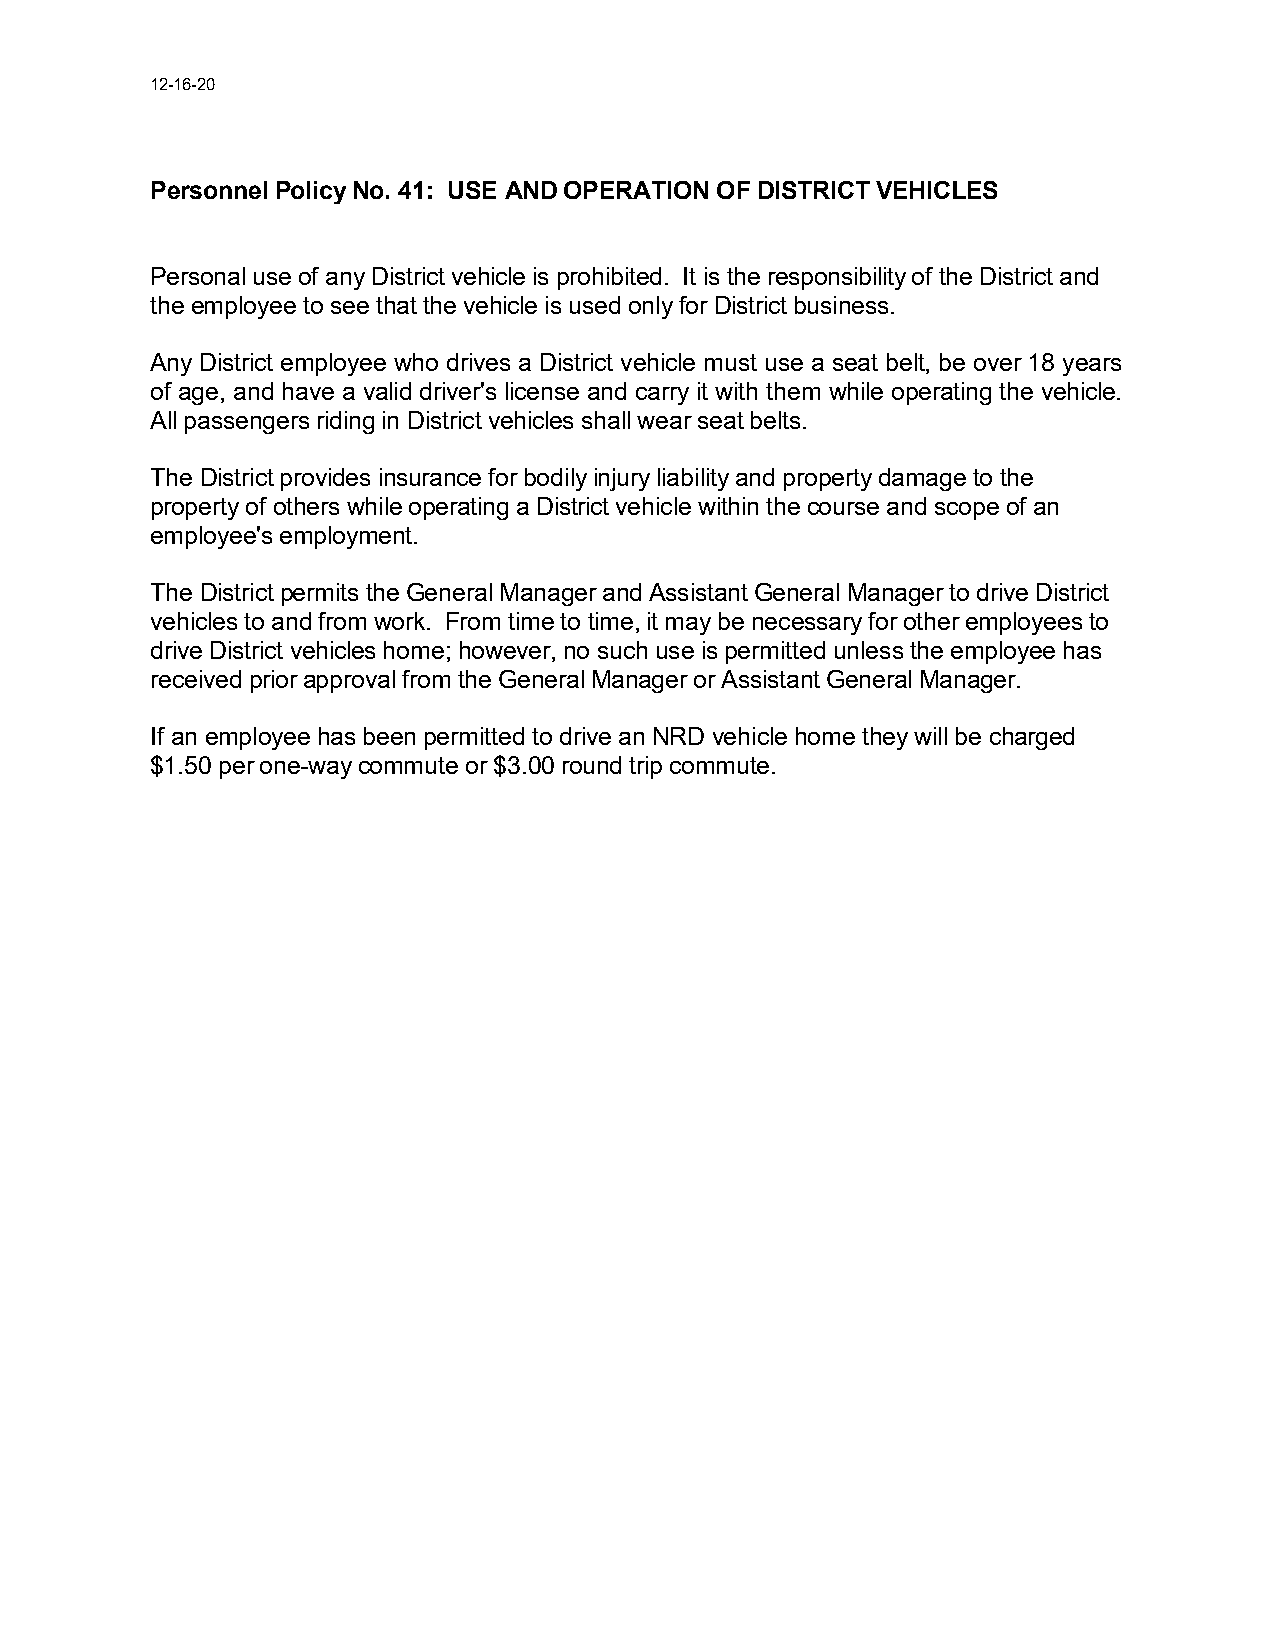
12-16-20
 Personnel Policy No. 41: USE AND OPERATION OF DISTRICT VEHICLES
 Personal use of any District vehicle is prohibited. It is the responsibility of the District and
 the employee to see that the vehicle is used only for District business.
 Any District employee who drives a District vehicle must use a seat belt, be over 18 years
 of age, and have a valid driver's license and carry it with them while operating the vehicle.
 All passengers riding in District vehicles shall wear seat belts.
 The District provides insurance for bodily injury liability and property damage to the
 property of others while operating a District vehicle within the course and scope of an
 employee's employment.
 The District permits the General Manager and Assistant General Manager to drive District
 vehicles to and from work. From time to time, it may be necessary for other employees to
 drive District vehicles home; however, no such use is permitted unless the employee has
 received prior approval from the General Manager or Assistant General Manager.
 If an employee has been permitted to drive an NRD vehicle home they will be charged
 $1.50 per one-way commute or $3.00 round trip commute.